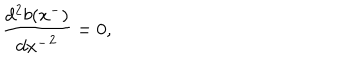
\frac { d ^ { 2 } b ( x ^ { - } ) } { { d x ^ { - } } ^ { 2 } } = 0 ,